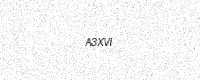
Text: A3XVI